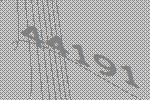
44191